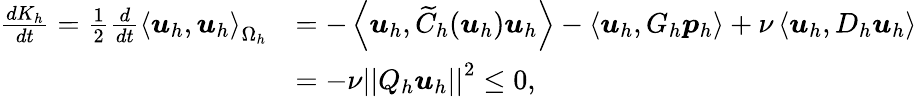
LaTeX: \begin{array}{rl}{\frac{dK_{h}}{dt}=\frac{1}{2}\frac{d}{dt}\left<\boldsymbol{u}_{h},\boldsymbol{u}_{h}\right>_{\Omega_{h}}}&{=-\left<\boldsymbol{u}_{h},\widetilde{C}_{h}(\boldsymbol{u}_{h})\boldsymbol{u}_{h}\right>-\left<\boldsymbol{u}_{h},G_{h}\boldsymbol{p}_{h}\right>+\nu\left<\boldsymbol{u}_{h},D_{h}\boldsymbol{u}_{h}\right>}\\ &{=-\nu\left|\left|Q_{h}\boldsymbol{u}_{h}\right|\right|^{2}\leq 0,}\end{array}